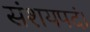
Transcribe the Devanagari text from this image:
संशयपदं।